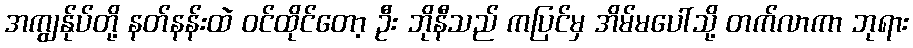
အကျွန်ုပ်တို့ နတ်နန်းထဲ ဝင်ထိုင်တော့ ဦး ဘိုနီသည် ကပြင်မှ အိမ်မပေါ်သို့ တက်လာကာ ဘုရား